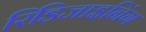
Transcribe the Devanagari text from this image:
रिडिजाइनिंग